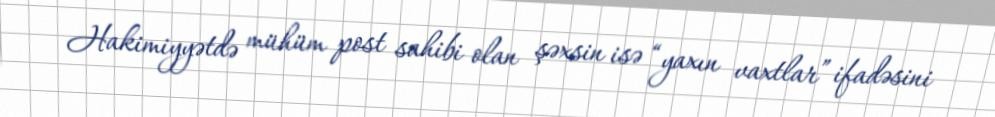
Hakimiyyətdə mühüm post sahibi olan şəxsin isə “yaxın vaxtlar” ifadəsini